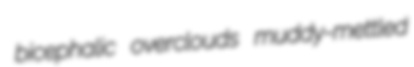
bicephalic overclouds muddy-mettled